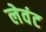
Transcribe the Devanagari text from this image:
लेवंट